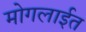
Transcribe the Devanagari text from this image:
मोगलाईत